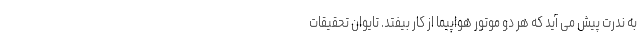
به ندرت پیش می آید که هر دو موتور هواپیما از کار بیفتد. تایوان تحقیقات